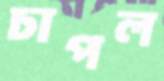
চাপল